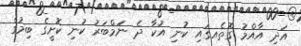
އަދި އާއްމު ގޮތެއގައި ކުނި އުކާ ދެ ނަމްބަރު ކުނި ކޮށީގެ ބިމުގެ